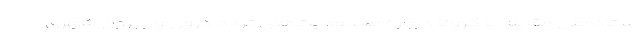
ستاد ملی مقابله با کرونا درباره محدودیت‌های تردد درون و بیرون شهری